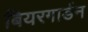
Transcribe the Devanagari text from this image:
बियरगार्डन